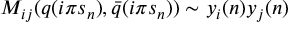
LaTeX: M _ { i j } ( q ( i \pi s _ { n } ) , \bar { q } ( i \pi s _ { n } ) ) \sim y _ { i } ( n ) y _ { j } ( n )